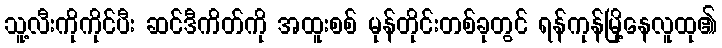
သူ့လီးကိုကိုင်ပီး ဆင်ဒီကိတ်ကို အထူးစစ် မုန်တိုင်းတစ်ခုတွင် ရန်ကုန်မြို့နေလူထု၏